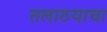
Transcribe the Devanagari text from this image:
तलाठयाचा